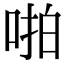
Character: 啪